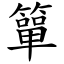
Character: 簞